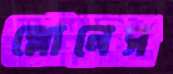
স্লোনেস